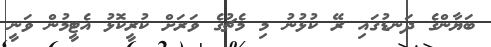
ބަޔާންގެ ދަނޑުގައި ރޭ ކުޅުނު މި މެޗުގެ ވަރަށް ކުރީކޮޅު އެޓީމުން ވަނީ